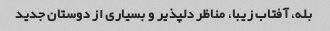
بله، آفتاب زیبا، مناظر دلپذیر و بسیاری از دوستان جدید